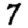
Digit: 7